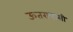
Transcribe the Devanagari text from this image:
ऊतरायासी